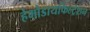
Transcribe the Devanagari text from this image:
हेमोडायफिल्ट्रेशन